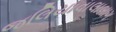
જલિયાવાલાબાગ